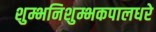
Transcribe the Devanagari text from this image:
शुम्भनिशुम्भकपालधरे